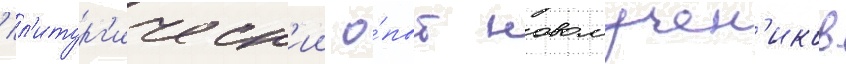
/ л'итург'ическ'ии о́пыт новомучен'иков